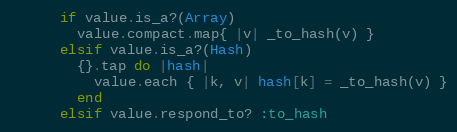
Language: Ruby
      if value.is_a?(Array)
        value.compact.map{ |v| _to_hash(v) }
      elsif value.is_a?(Hash)
        {}.tap do |hash|
          value.each { |k, v| hash[k] = _to_hash(v) }
        end
      elsif value.respond_to? :to_hash